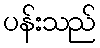
ပန်းသည်